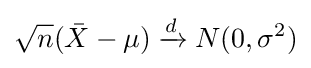
{\sqrt {n}}({\bar {X}}-\mu )\xrightarrow {d} N(0,\sigma ^{2})